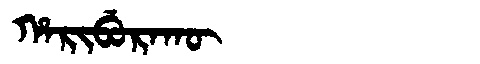
Manchu: ᡥᠠᡵᡳᠪᡠᡵᠠᡴᡡ
Romanization: HARIBURAKŪ